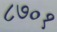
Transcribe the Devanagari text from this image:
८७०१